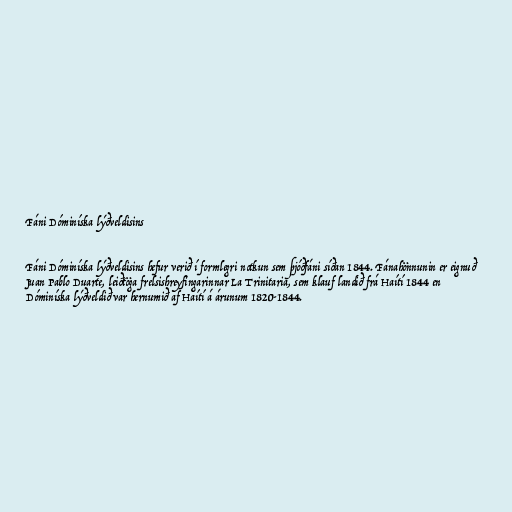
Fáni Dóminíska lýðveldisins

Fáni Dóminíska lýðveldisins hefur verið í formlegri notkun sem þjóðfáni síðan 1844. Fánahönnunin er eignuð
Juan Pablo Duarte, leiðtöga frelsishreyfingarinnar La Trinitaria, sem klauf landið frá Haítí 1844 en
Dóminíska lýðveldið var hernumið af Haítí á árunum 1820-1844.